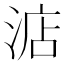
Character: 𣷀